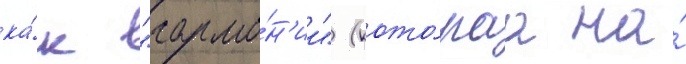
ка́к "гармо́н'ии" (кото́раа на́